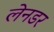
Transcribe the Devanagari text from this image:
लेनडर